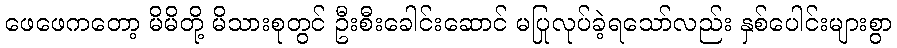
ဖေဖေကတော့ မိမိတို့ မိသားစုတွင် ဦးစီးခေါင်းဆောင် မပြုလုပ်ခဲ့ရသော်လည်း နှစ်ပေါင်းများစွာ